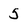
Character: 5